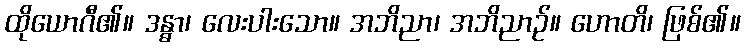
ထိုယောဂီ၏။ ဒန္ဓာ၊ လေးပါးသော။ အဘိညာ၊ အဘိညာဉ်။ ဟောတိ၊ ဖြစ်၏။